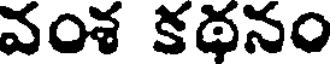
వంశ కథనం